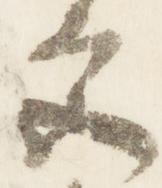
宮